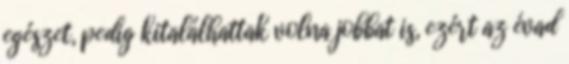
egészet, pedig kitalálhattak volna jobbat is, ezért az évad